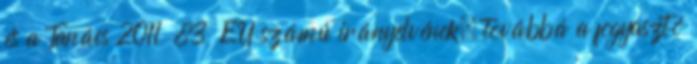
és a Tanács 2011 83 EU számú irányelvének, továbbá a fogyasztó